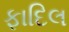
ફાદિલ